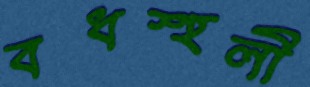
বধস্হলী